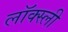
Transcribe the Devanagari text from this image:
लॉक्स्ली